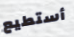
أستطيع